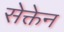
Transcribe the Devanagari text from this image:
सेक्तेन